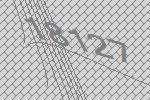
18127